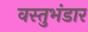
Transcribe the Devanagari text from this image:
वस्तुभंडार